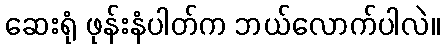
ဆေးရုံ ဖုန်းနံပါတ်က ဘယ်လောက်ပါလဲ။